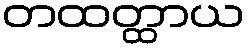
တထတ္ထာယ